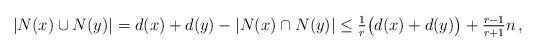
LaTeX: \begin{align*}|N(x)\cup N(y)|=d(x)+d(y)-|N(x)\cap N(y)|\le \tfrac1r\bigl(d(x)+d(y)\bigr)+\tfrac{r-1}{r+1}n\,,\end{align*}